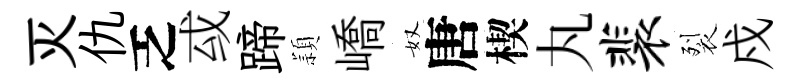
灭仇乏㦯蹄頴嶠奴唐楔丸裴裂戍